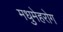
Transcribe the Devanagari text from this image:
मधुमेहरोग